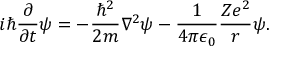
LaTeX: i \hbar { \frac { \partial } { \partial t } } \psi = - { \frac { \hbar ^ { 2 } } { 2 m } } \nabla ^ { 2 } \psi - { \frac { 1 } { 4 \pi \epsilon _ { 0 } } } { \frac { Z e ^ { 2 } } { r } } \psi .